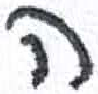
אות: ה